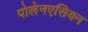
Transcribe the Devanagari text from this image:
पोलेनएसियन